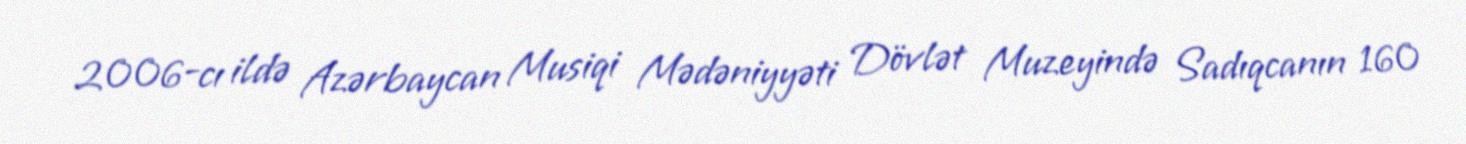
2006-cı ildə Azərbaycan Musiqi Mədəniyyəti Dövlət Muzeyində Sadıqcanın 160